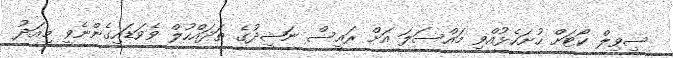
ސިވިލް ކޯޓަށް ހުށަހެޅުއްވި މައްސަލަ އަށް ރައީސް ނަޝީދުގެ ތަދައްހުލް ވެވަޑައިގެންނެވީ މިއަދު